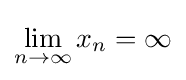
\lim _{n\to \infty }x_{n}=\infty